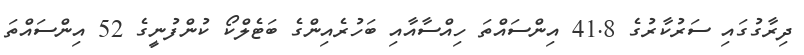
ދިރާގުގައި ސަރުކާރުގެ 41.8 އިންސައްތަ ހިއްސާއާއި ބަހުރެއިންގެ ބަޓެލްކޯ ކުންފުނީގެ 52 އިންސައްތަ